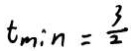
t _ { \min } = \frac { 3 } { 2 }